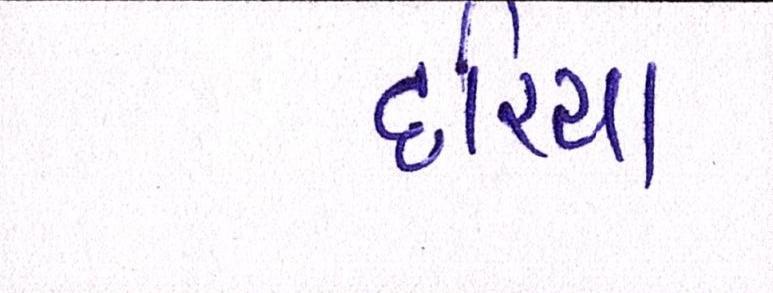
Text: દરિયા